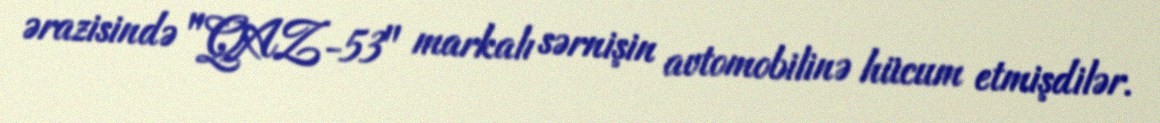
ərazisində "QAZ-53" markalı sərnişin avtomobilinə hücum etmişdilər.